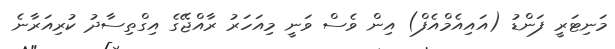
މަނިޓަރީ ފަންޑު (އައިއެމްއެފް) އިން ވެސް ވަނީ މިއަހަރު ރާއްޖޭގެ އިގްތިސާދު ކުރިއަރާނެ